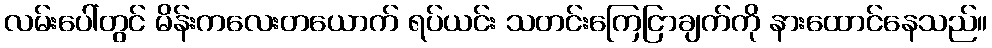
လမ်းပေါ်တွင် မိန်းကလေးတယောက် ရပ်ယင်း သတင်းကြေငြာချက်ကို နားထောင်နေသည်။